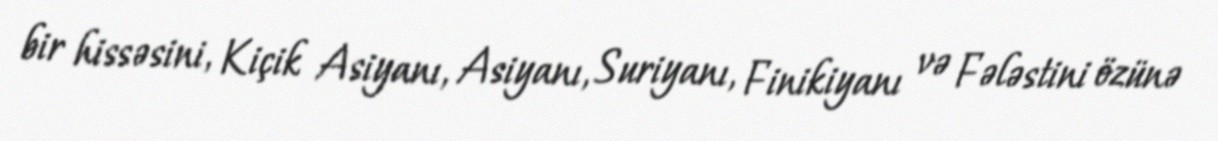
bir hissəsini, Kiçik Asiyanı, Asiyanı, Suriyanı, Finikiyanı və Fələstini özünə